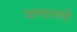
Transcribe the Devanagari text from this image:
जापानयों